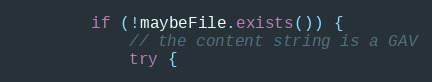
Language: Java
        if (!maybeFile.exists()) {
            // the content string is a GAV
            try {